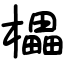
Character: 櫑